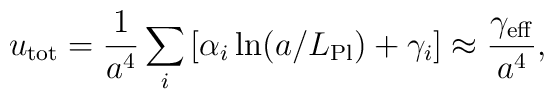
u_{\rm tot}={1\over a^4}\sum_i\left[\alpha_i\ln(a/L_{\rm Pl})+\gamma_i\right]\approx{\gamma_{\rm eff}\over a^4},